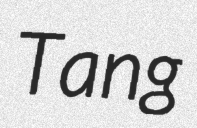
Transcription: Tang